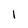
Character: I